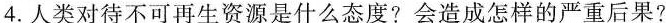
4.人类对待不可再生资源是什么态度?会造成怎样的严重后果?